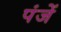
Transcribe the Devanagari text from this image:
पंजें